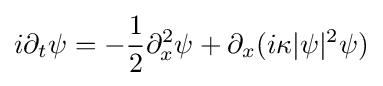
\displaystyle i\partial _{t}\psi =-{1 \over 2}\partial _{x}^{2}\psi +\partial _{x}(i\kappa |\psi |^{2}\psi )